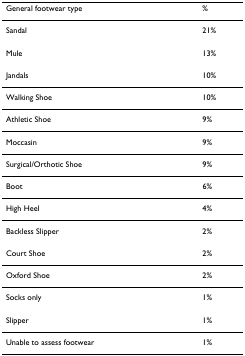
<table><thead><tr><td><b>General footwear type</b></td><td><b>%</b></td></tr></thead><tbody><tr><td>Sandal</td><td>21%</td></tr><tr><td>Mule</td><td>13%</td></tr><tr><td>Jandals</td><td>10%</td></tr><tr><td>Walking Shoe</td><td>10%</td></tr><tr><td>Athletic Shoe</td><td>9%</td></tr><tr><td>Moccasin</td><td>9%</td></tr><tr><td>Surgical/Orthotic Shoe</td><td>9%</td></tr><tr><td>Boot</td><td>6%</td></tr><tr><td>High Heel</td><td>4%</td></tr><tr><td>Backless Slipper</td><td>2%</td></tr><tr><td>Court Shoe</td><td>2%</td></tr><tr><td>Oxford Shoe</td><td>2%</td></tr><tr><td>Socks only</td><td>1%</td></tr><tr><td>Slipper</td><td>1%</td></tr><tr><td>Unable to assess footwear</td><td>1%</td></tr></tbody></table>